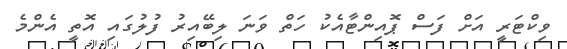
ވިކްޓަރީ އަށް ފަސް ޕޮއިންޓާއެކު ހަތް ވަނަ ލިބޭއިރު ފުލުގައި އޮތީ އެންމެ